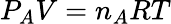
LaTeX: P_{A}V=n_{A}RT